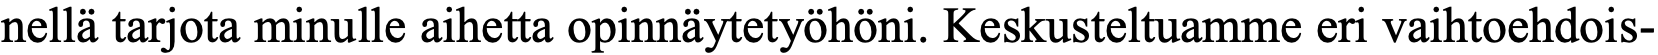
nellä tarjota minulle aihetta opinnäytetyöhöni. Keskusteltuamme eri vaihtoehdois-